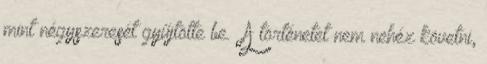
mint négyszeresét gyűjtötte be. „A történetet nem nehéz követni,